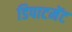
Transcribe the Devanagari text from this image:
डिपाटमेंट